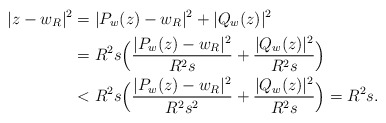
\begin{align*}|z-w_R|^2&=|P_w(z)-w_R|^2+|Q_w(z)|^2\\&=R^2 s \Big(\dfrac{|P_w(z)-w_R|^2}{R^2 s}+\dfrac{|Q_w(z)|^2}{R^2 s}\Big)\\&< R^2 s \Big(\dfrac{|P_w(z)-w_R|^2}{R^2 s^2}+\dfrac{|Q_w(z)|^2}{R^2 s}\Big)=R^2 s.\end{align*}